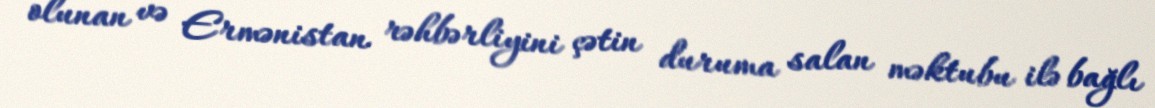
olunan və Ermənistan rəhbərliyini çətin duruma salan məktubu ilə bağlı